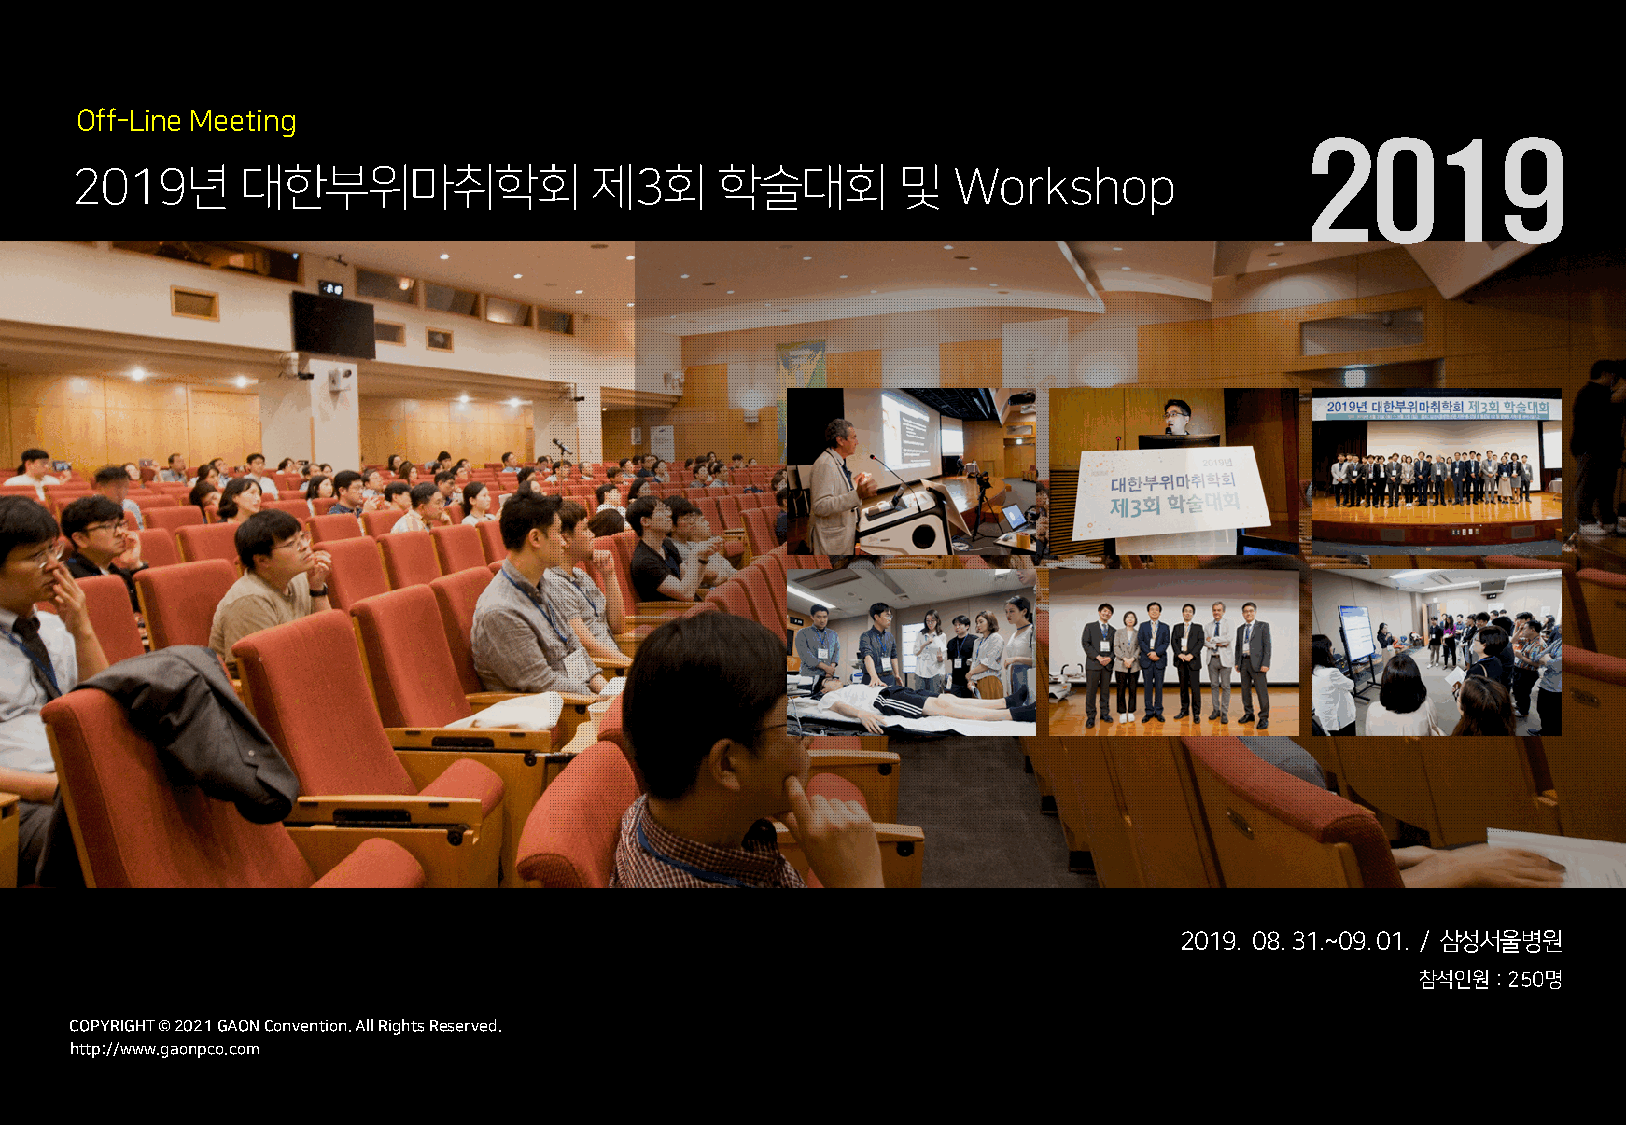
Off-Line Meeting
 2019
 2019년      대한부위마취학회               제3회     학술대회        및   Workshop
 2019. 08. 31.~09. 01. / 삼성서울병원
 참석인원: 250명
 COCPOYPRYIRGIHGTH T© © 2 022012 1G AGOANO NCoCnovnevnetniotino.n A. lAl Rll iRgihgthst Rs eRseesrevrevde.d.
 hthttpt:p/://w/wwwww.g.agoanopncpoc.oc.ocmom